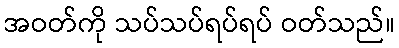
အဝတ်ကို သပ်သပ်ရပ်ရပ် ဝတ်သည်။